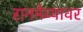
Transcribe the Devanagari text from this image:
रानमेव्यावर